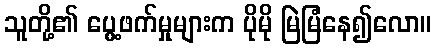
သူတို့၏ ပွေ့ဖက်မှုများက ပိုမို မြဲမြံနေ၍လော။